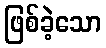
ဖြစ်ခဲ့သော